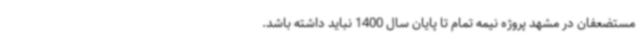
مستضعفان در مشهد پروژه نیمه تمام تا پایان سال 1400 نباید داشته باشد.